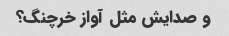
و صدایش مثل آواز خرچنگ؟